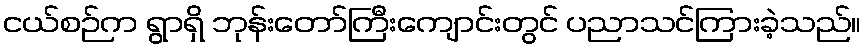
ငယ်စဉ်က ရွာရှိ ဘုန်းတော်ကြီးကျောင်းတွင် ပညာသင်ကြားခဲ့သည်။